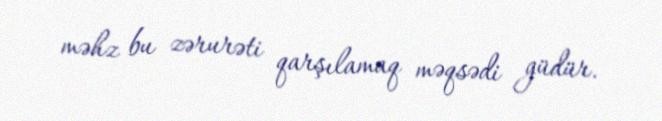
məhz bu zərurəti qarşılamaq məqsədi güdür.